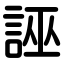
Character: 誣